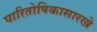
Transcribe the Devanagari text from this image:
पारितोषिकासारखे